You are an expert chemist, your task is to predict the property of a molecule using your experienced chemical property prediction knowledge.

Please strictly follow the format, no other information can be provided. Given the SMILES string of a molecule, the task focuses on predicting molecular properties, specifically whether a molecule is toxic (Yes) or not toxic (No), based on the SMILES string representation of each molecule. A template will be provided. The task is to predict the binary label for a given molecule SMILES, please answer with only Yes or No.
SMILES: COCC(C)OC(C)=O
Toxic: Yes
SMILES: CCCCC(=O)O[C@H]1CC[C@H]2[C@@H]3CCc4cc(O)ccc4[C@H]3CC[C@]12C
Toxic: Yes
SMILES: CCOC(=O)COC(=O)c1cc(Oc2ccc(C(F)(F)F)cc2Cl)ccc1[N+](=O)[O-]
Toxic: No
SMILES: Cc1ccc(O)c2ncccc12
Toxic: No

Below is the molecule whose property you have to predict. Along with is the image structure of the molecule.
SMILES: CNc1cc(OC)c(C(=O)N[C@H]2CCN(Cc3ccccc3)[C@H]2C)cc1Cl
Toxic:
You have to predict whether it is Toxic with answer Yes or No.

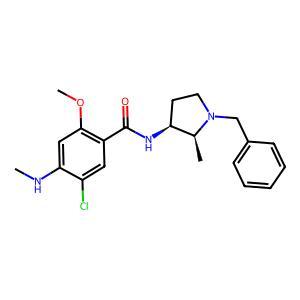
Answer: No